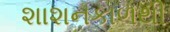
શાશનકાળથી